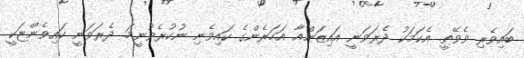
ބައިވެރި ވެވޭތީ. އެކަމަކު ދެރަވަނީ އައިޒަންއާ އަހަރެންގެ ކައިވެނި ނުކުރެވުނީމަ. ދެރަވަނީ ކައިވެންޏަކީ